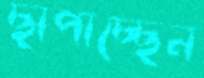
ছাপাচ্ছেন